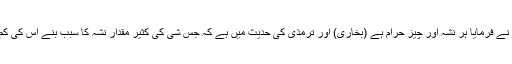
حضرت نبی کریم ﷺ نے فرمایا ہر نشہ آور چیز حرام ہے (بخاری) اور ترمذی کی حدیث میں ہے کہ جس شیٔ کی کثیر مقدار نشہ کا سبب بنے اس کی کم مقدار بھی حرام ہے۔